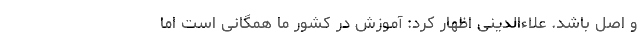
و اصل باشد. علاءالدینی اظهار کرد: آموزش در کشور ما همگانی است اما